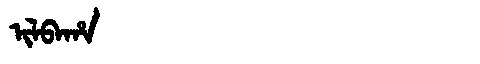
Manchu: ᡳᠯᠪᠠᡥᠠ
Romanization: ILBAHA